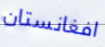
افغانستان